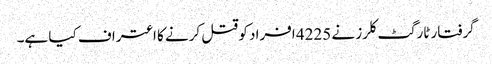
گرفتار ٹارگٹ کلرز نے 4225 افراد کو قتل کرنے کا اعتراف کیا ہے۔